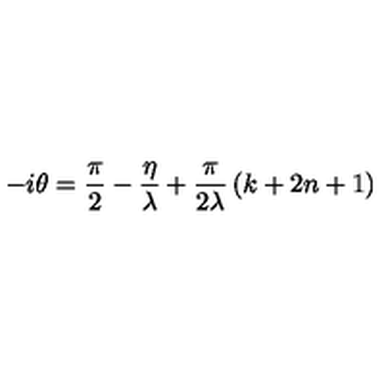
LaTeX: - i \theta = \frac { \pi } { 2 } - \frac { \eta } { \lambda } + \frac { \pi } { 2 \lambda } \left( k + 2 n + 1 \right)